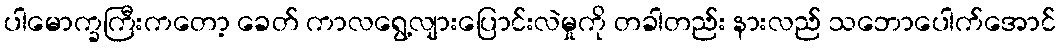
ပါမောက္ခကြီးကတော့ ခေတ် ကာလရွေ့လျားပြောင်းလဲမှုကို တခါတည်း နားလည် သဘောပေါက်အောင်